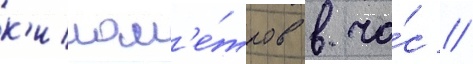
к'илом'е́тров в ча́с //